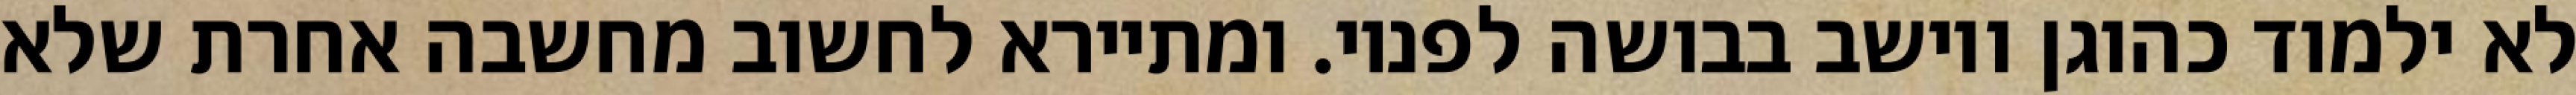
לא ילמוד כהוגן ויושב בבושה לפניו. ומתיירא לחשוב מחשבה אחרת שלא